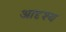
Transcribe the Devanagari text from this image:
आदृश्य